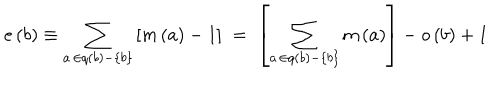
e \left( b \right) \equiv \sum _ { a \, \in q \left( b \right) - \left\{ b \right\} } \left[ m \left( a \right) - 1 \right] \; = \; \left[ \sum _ { a \, \in q \left( b \right) - \left\{ b \right\} } m \left( a \right) \right] - o \left( b \right) + 1